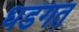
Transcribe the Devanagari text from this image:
धडगत